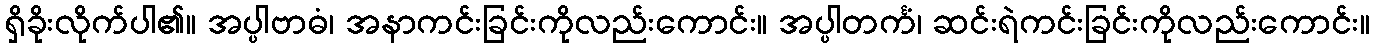
ရှိခိုးလိုက်ပါ၏။ အပ္ပါဗာဓံ၊ အနာကင်းခြင်းကိုလည်းကောင်း။ အပ္ပါတင်္ကံ၊ ဆင်းရဲကင်းခြင်းကိုလည်းကောင်း။